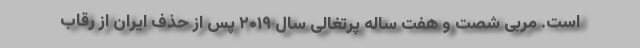
است. مربی شصت و هفت ساله پرتغالی سال ۲۰۱۹ پس از حذف ایران از رقاب